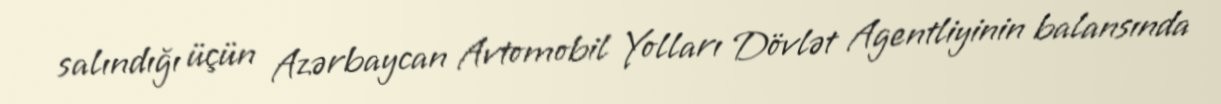
salındığı üçün Azərbaycan Avtomobil Yolları Dövlət Agentliyinin balansında